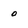
Character: 0